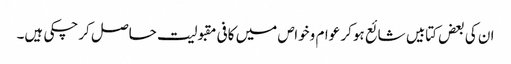
ان کی بعض کتابیں شائع ہوکر عوام وخواص میں کافی مقبولیت حاصل کرچکی ہیں۔